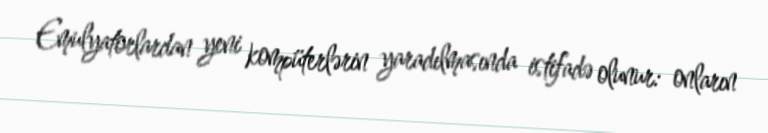
Emulyatorlardan yeni kompüterlərin yaradılmasında istifadə olunur: onların